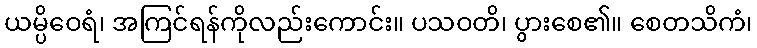
ယမ္ပိဝေရံ၊ အကြင်ရန်ကိုလည်းကောင်း။ ပသဝတိ၊ ပွားစေ၏။ စေတသိကံ၊